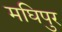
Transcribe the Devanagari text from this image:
मघिपुर